Proceedings of the meeting of veterinary officers in India
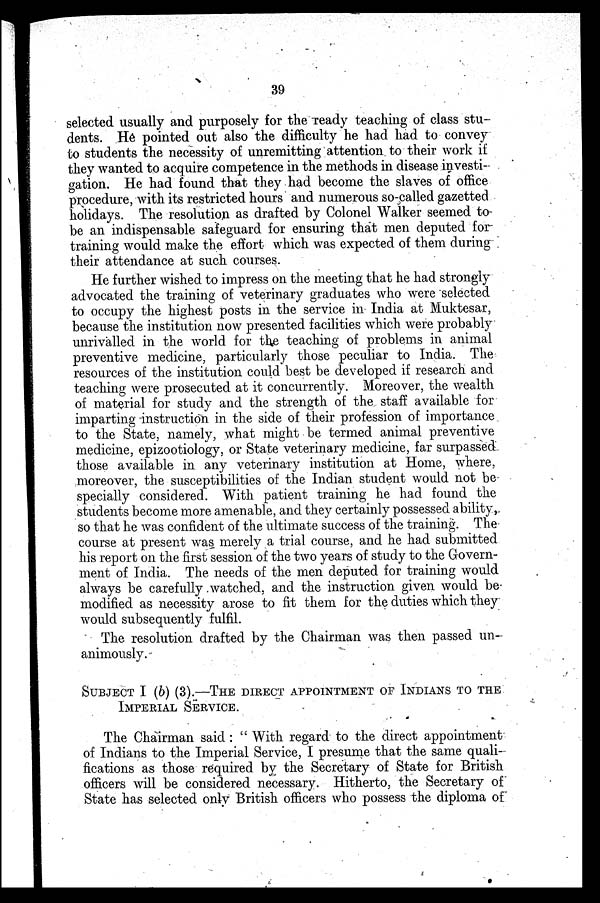
39
selected usually and purposely for the ready teaching of class stu-
dents. He pointed out also the difficulty he had had to convey
to students the necessity of unremitting attention to their work if
they wanted to acquire competence in the methods in disease investi-
gation. He had found that they had become the slaves of office
procedure, with its restricted hours and numerous so-called gazetted
holidays. The resolution as drafted by Colonel Walker seemed to
be an indispensable safeguard for ensuring that men deputed for
training would make the effort which was expected of them during
their attendance at such courses.
He further wished to impress on the meeting that he had strongly
advocated the training of veterinary graduates who were selected
to occupy the highest posts in the service in India at Muktesar,
because the institution now presented facilities which were probably
unrivalled in the world for the teaching of problems in animal
preventive medicine, particularly those peculiar to India. The
resources of the institution could best be developed if research and
teaching were prosecuted at it concurrently. Moreover, the wealth
of material for study and the strength of the staff available for
imparting instruction in the side of their profession of importance
to the State, namely, what might be termed animal preventive
medicine, epizootiology, or State veterinary medicine, far surpassed
those available in any veterinary institution at Home, where,
moreover, the susceptibilities of the Indian student would not be
specially considered. With patient training he had found the
students become more amenable, and they certainly possessed ability,
so that he was confident of the ultimate success of the training. The
course at present was merely a trial course, and he had submitted
his report on the first session of the two years of study to the Govern-
ment of India. The needs of the men deputed for training would
always be carefully watched, and the instruction given would be
modified as necessity arose to fit them for the duties which they
would subsequently fulfil.
The resolution drafted by the Chairman was then passed un-
animously.
SUBJECT I (b) (3).-THE DIRECT APPOINTMENT OF INDIANS TO THE
IMPERIAL SERVICE.
The Chairman said: "With regard to the direct appointment
of Indians to the Imperial Service, I presume that the same quali-
fications as those required by the Secretary of State for British
officers will be considered necessary. Hitherto, the Secretary of
State has selected only British officers who possess the diploma of